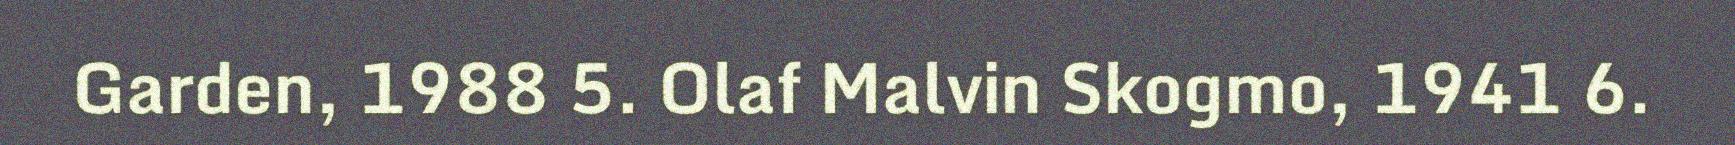
Garden, 1988 5. Olaf Malvin Skogmo, 1941 6.